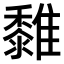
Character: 𩁄